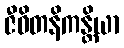
ဇီဝိတနိကန္တိယာ